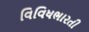
વિવિધભારતી